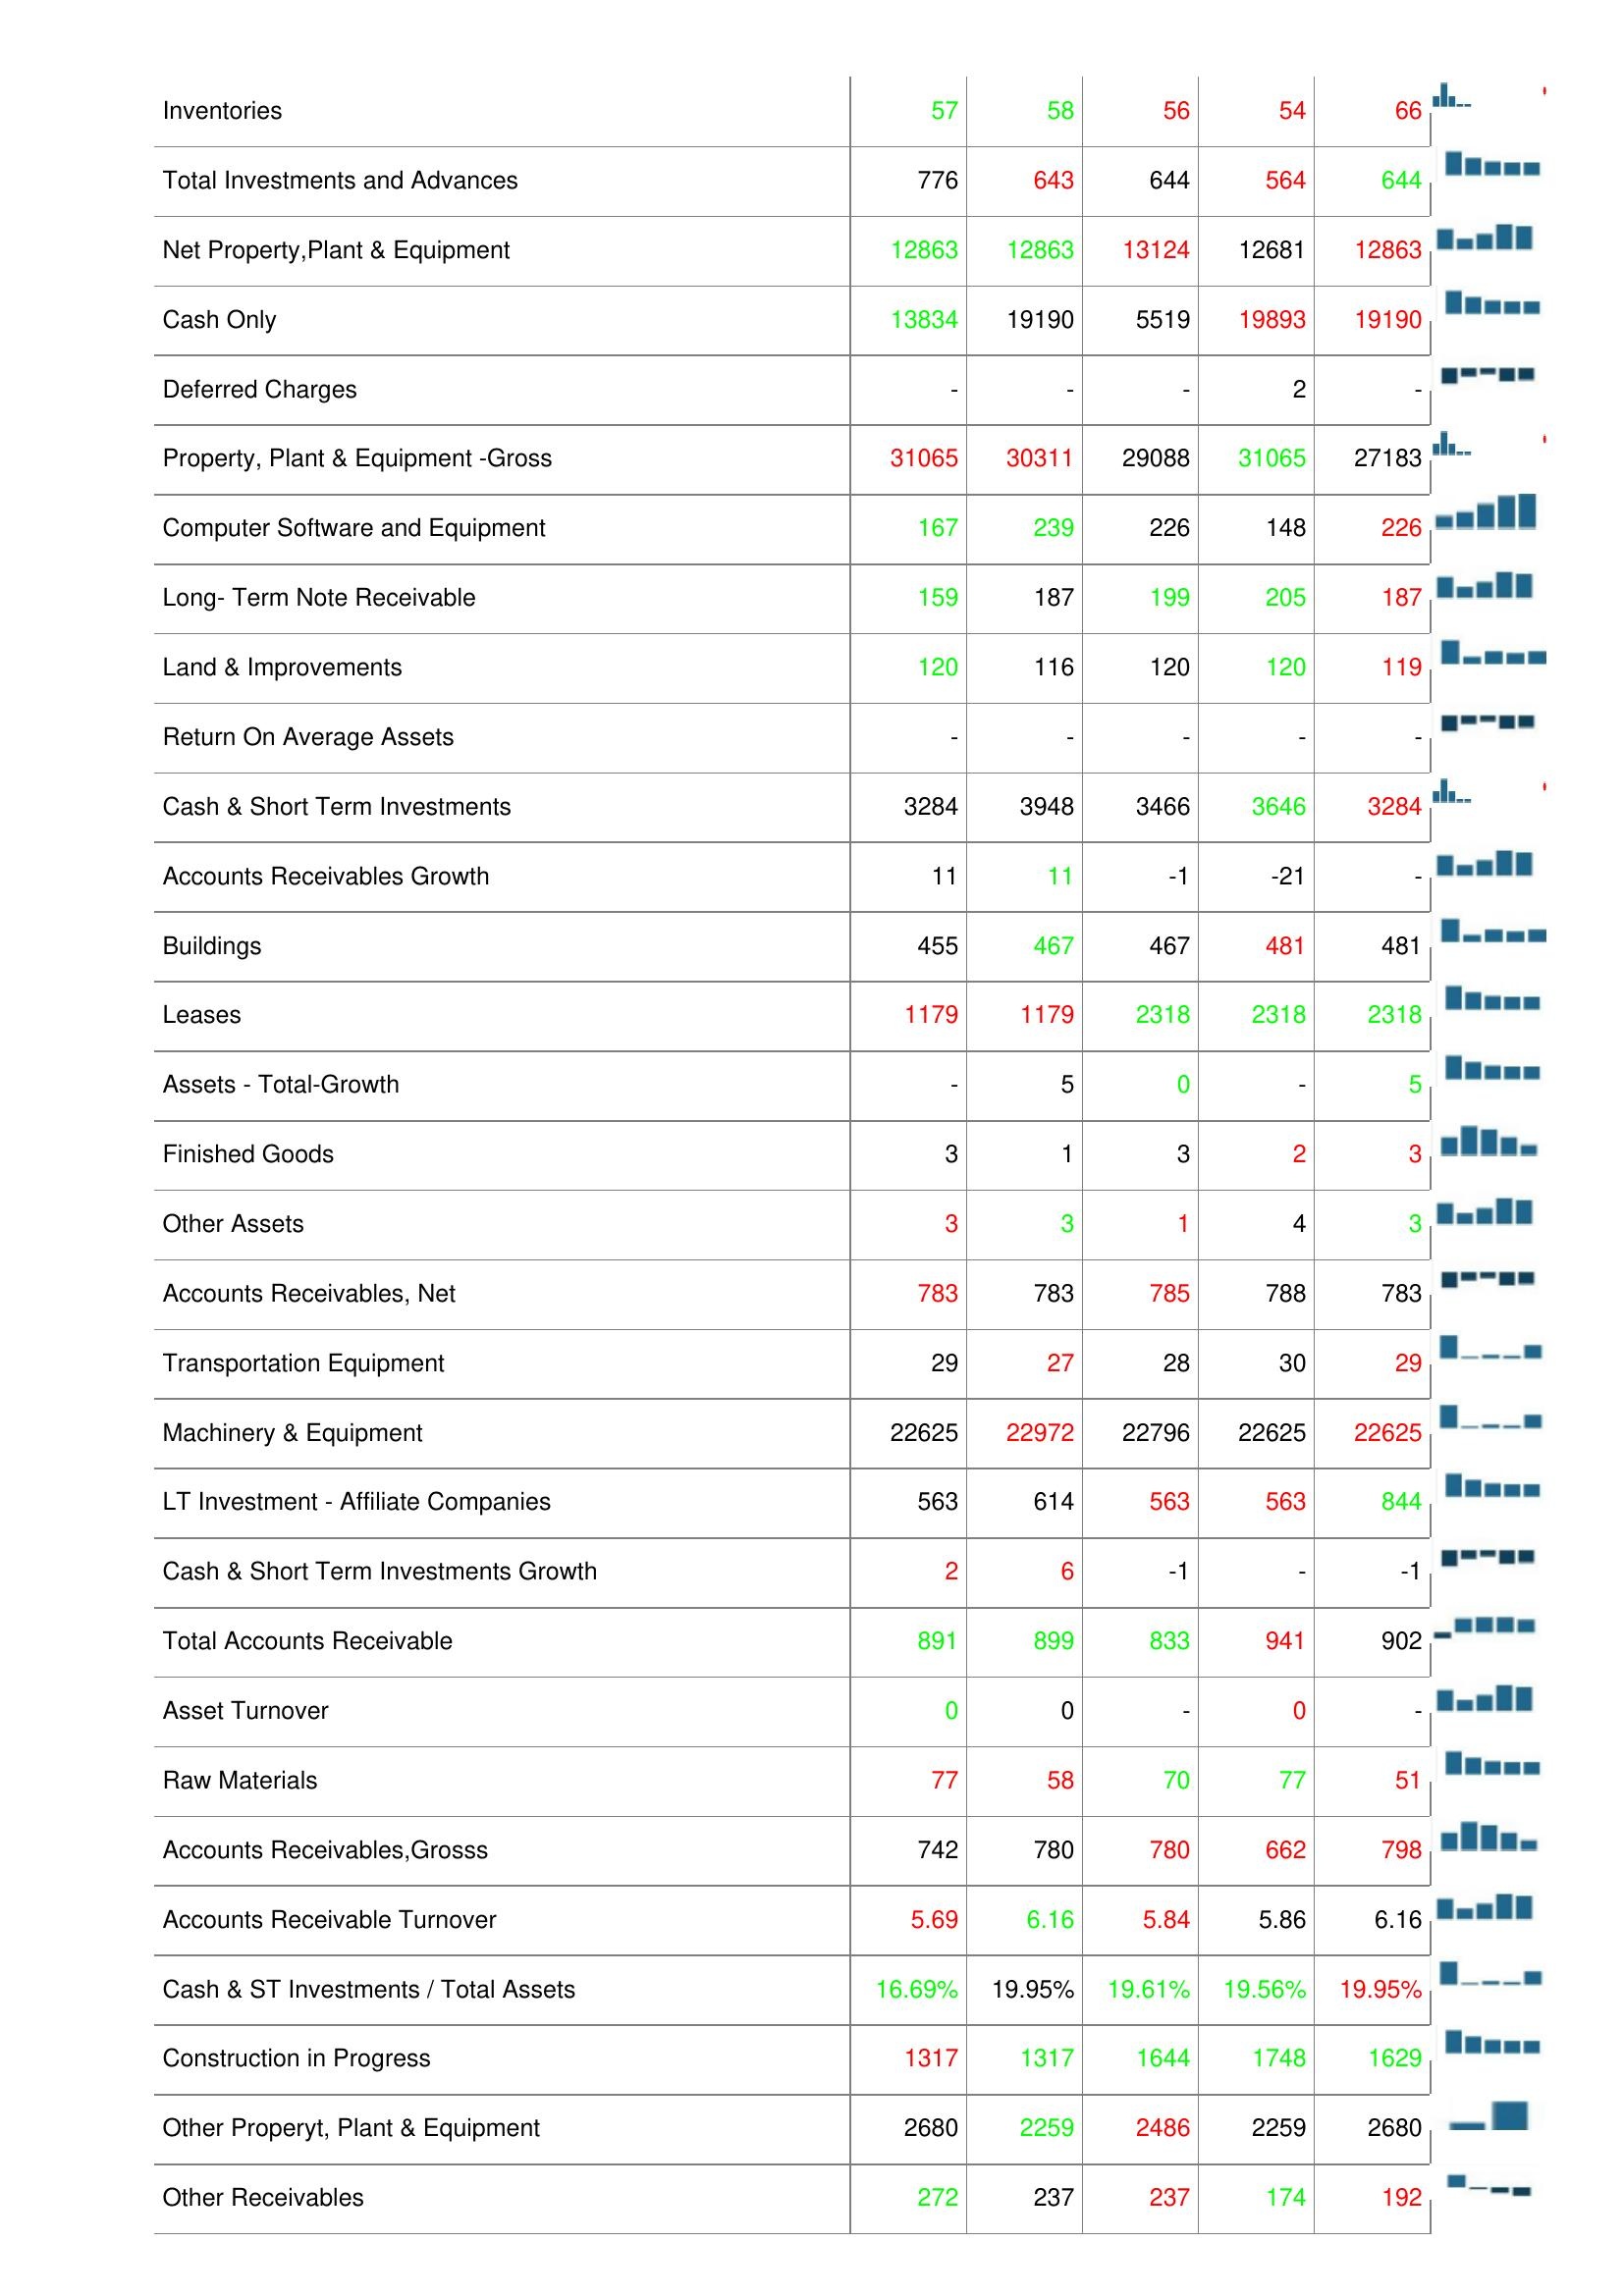
2015: Assets: Accumulated Depreciation: 17486
Bad Debt/Doubtful Accounts: 0
Total Assets: 19657
Prepaid Expenses: 35
Other Current Assets: 22
Total Current Assets: 4411
Inventories: 57
Total Investments and Advances: 776
Net Property,Plant & Equipment: 12863
Cash Only: 13834
Deferred Charges: -
Property, Plant & Equipment -Gross: 31065
Computer Software and Equipment: 167
Long- Term Note Receivable: 159
Land & Improvements: 120
Return On Average Assets: -
Cash & Short Term Investments: 3284
Accounts Receivables Growth: 11
Buildings: 455
Leases: 1179
Assets - Total-Growth: -
Finished Goods: 3
Other Assets: 3
Accounts Receivables, Net: 783
Transportation Equipment: 29
Machinery & Equipment: 22625
LT Investment - Affiliate Companies: 563
Cash & Short Term Investments Growth: 2
Total Accounts Receivable: 891
Asset Turnover: 0
Raw Materials: 77
Accounts Receivables,Grosss: 742
Accounts Receivable Turnover: 5.69
Cash & ST Investments / Total Assets: 16.69%
Construction in Progress: 1317
Other Properyt, Plant & Equipment: 2680
Other Receivables: 272
2014: Assets: Accumulated Depreciation: 17623
Bad Debt/Doubtful Accounts: 0
Total Assets: 19020
Prepaid Expenses: 35
Other Current Assets: 21
Total Current Assets: 4201
Inventories: 58
Total Investments and Advances: 643
Net Property,Plant & Equipment: 12863
Cash Only: 19190
Deferred Charges: -
Property, Plant & Equipment -Gross: 30311
Computer Software and Equipment: 239
Long- Term Note Receivable: 187
Land & Improvements: 116
Return On Average Assets: -
Cash & Short Term Investments: 3948
Accounts Receivables Growth: 11
Buildings: 467
Leases: 1179
Assets - Total-Growth: 5
Finished Goods: 1
Other Assets: 3
Accounts Receivables, Net: 783
Transportation Equipment: 27
Machinery & Equipment: 22972
LT Investment - Affiliate Companies: 614
Cash & Short Term Investments Growth: 6
Total Accounts Receivable: 899
Asset Turnover: 0
Raw Materials: 58
Accounts Receivables,Grosss: 780
Accounts Receivable Turnover: 6.16
Cash & ST Investments / Total Assets: 19.95%
Construction in Progress: 1317
Other Properyt, Plant & Equipment: 2259
Other Receivables: 237
2013: Assets: Accumulated Depreciation: 16522
Bad Debt/Doubtful Accounts: 0
Total Assets: 20115
Prepaid Expenses: 20
Other Current Assets: 37
Total Current Assets: 4480
Inventories: 56
Total Investments and Advances: 644
Net Property,Plant & Equipment: 13124
Cash Only: 5519
Deferred Charges: -
Property, Plant & Equipment -Gross: 29088
Computer Software and Equipment: 226
Long- Term Note Receivable: 199
Land & Improvements: 120
Return On Average Assets: -
Cash & Short Term Investments: 3466
Accounts Receivables Growth: -1
Buildings: 467
Leases: 2318
Assets - Total-Growth: 0
Finished Goods: 3
Other Assets: 1
Accounts Receivables, Net: 785
Transportation Equipment: 28
Machinery & Equipment: 22796
LT Investment - Affiliate Companies: 563
Cash & Short Term Investments Growth: -1
Total Accounts Receivable: 833
Asset Turnover: -
Raw Materials: 70
Accounts Receivables,Grosss: 780
Accounts Receivable Turnover: 5.84
Cash & ST Investments / Total Assets: 19.61%
Construction in Progress: 1644
Other Properyt, Plant & Equipment: 2486
Other Receivables: 237
2012: Assets: Accumulated Depreciation: 14872
Bad Debt/Doubtful Accounts: 0
Total Assets: 18730
Prepaid Expenses: 18
Other Current Assets: 38
Total Current Assets: 4964
Inventories: 54
Total Investments and Advances: 564
Net Property,Plant & Equipment: 12681
Cash Only: 19893
Deferred Charges: 2
Property, Plant & Equipment -Gross: 31065
Computer Software and Equipment: 148
Long- Term Note Receivable: 205
Land & Improvements: 120
Return On Average Assets: -
Cash & Short Term Investments: 3646
Accounts Receivables Growth: -21
Buildings: 481
Leases: 2318
Assets - Total-Growth: -
Finished Goods: 2
Other Assets: 4
Accounts Receivables, Net: 788
Transportation Equipment: 30
Machinery & Equipment: 22625
LT Investment - Affiliate Companies: 563
Cash & Short Term Investments Growth: -
Total Accounts Receivable: 941
Asset Turnover: 0
Raw Materials: 77
Accounts Receivables,Grosss: 662
Accounts Receivable Turnover: 5.86
Cash & ST Investments / Total Assets: 19.56%
Construction in Progress: 1748
Other Properyt, Plant & Equipment: 2259
Other Receivables: 174
2011: Assets: Accumulated Depreciation: 17205
Bad Debt/Doubtful Accounts: 0
Total Assets: 19054
Prepaid Expenses: 18
Other Current Assets: 40
Total Current Assets: 4988
Inventories: 66
Total Investments and Advances: 644
Net Property,Plant & Equipment: 12863
Cash Only: 19190
Deferred Charges: -
Property, Plant & Equipment -Gross: 27183
Computer Software and Equipment: 226
Long- Term Note Receivable: 187
Land & Improvements: 119
Return On Average Assets: -
Cash & Short Term Investments: 3284
Accounts Receivables Growth: -
Buildings: 481
Leases: 2318
Assets - Total-Growth: 5
Finished Goods: 3
Other Assets: 3
Accounts Receivables, Net: 783
Transportation Equipment: 29
Machinery & Equipment: 22625
LT Investment - Affiliate Companies: 844
Cash & Short Term Investments Growth: -1
Total Accounts Receivable: 902
Asset Turnover: -
Raw Materials: 51
Accounts Receivables,Grosss: 798
Accounts Receivable Turnover: 6.16
Cash & ST Investments / Total Assets: 19.95%
Construction in Progress: 1629
Other Properyt, Plant & Equipment: 2680
Other Receivables: 192